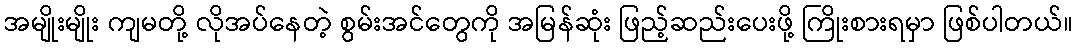
အမျိုးမျိုး ကျမတို့ လိုအပ်နေတဲ့ စွမ်းအင်တွေကို အမြန်ဆုံး ဖြည့်ဆည်းပေးဖို့ ကြိုးစားရမှာ ဖြစ်ပါတယ်။